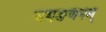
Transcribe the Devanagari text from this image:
ञमङणनम्